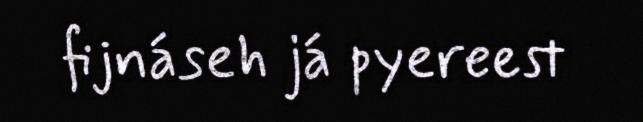
fijnáseh já pyereest